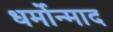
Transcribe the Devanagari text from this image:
धर्मोन्माद